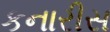
કનારીસ